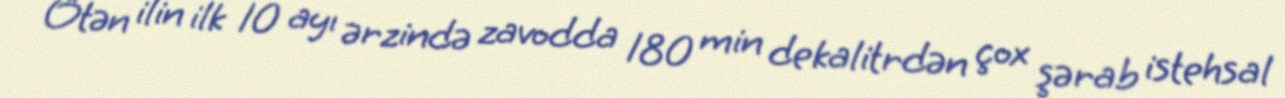
Ötən ilin ilk 10 ayı ərzində zavodda 180 min dekalitrdən çox şərab istehsal